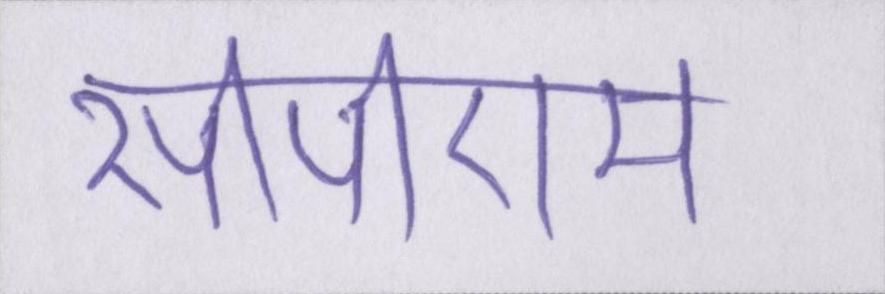
सीपीएम